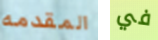
المقدمه في